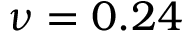
\nu = 0 . 2 4